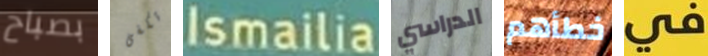
بصباح تكفى Ismailia الدراسي خطأهم في